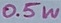
Text: 0.5W